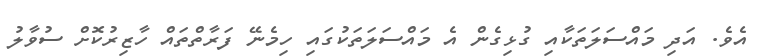
އެވެ. އަދި މައްސަލަތަކާއި ގުޅިގެން އެ މައްސަލަތަކުގައި ހިމެނޭ ފަރާތްތައް ހާޒިރުކޮށް ސުވާލު